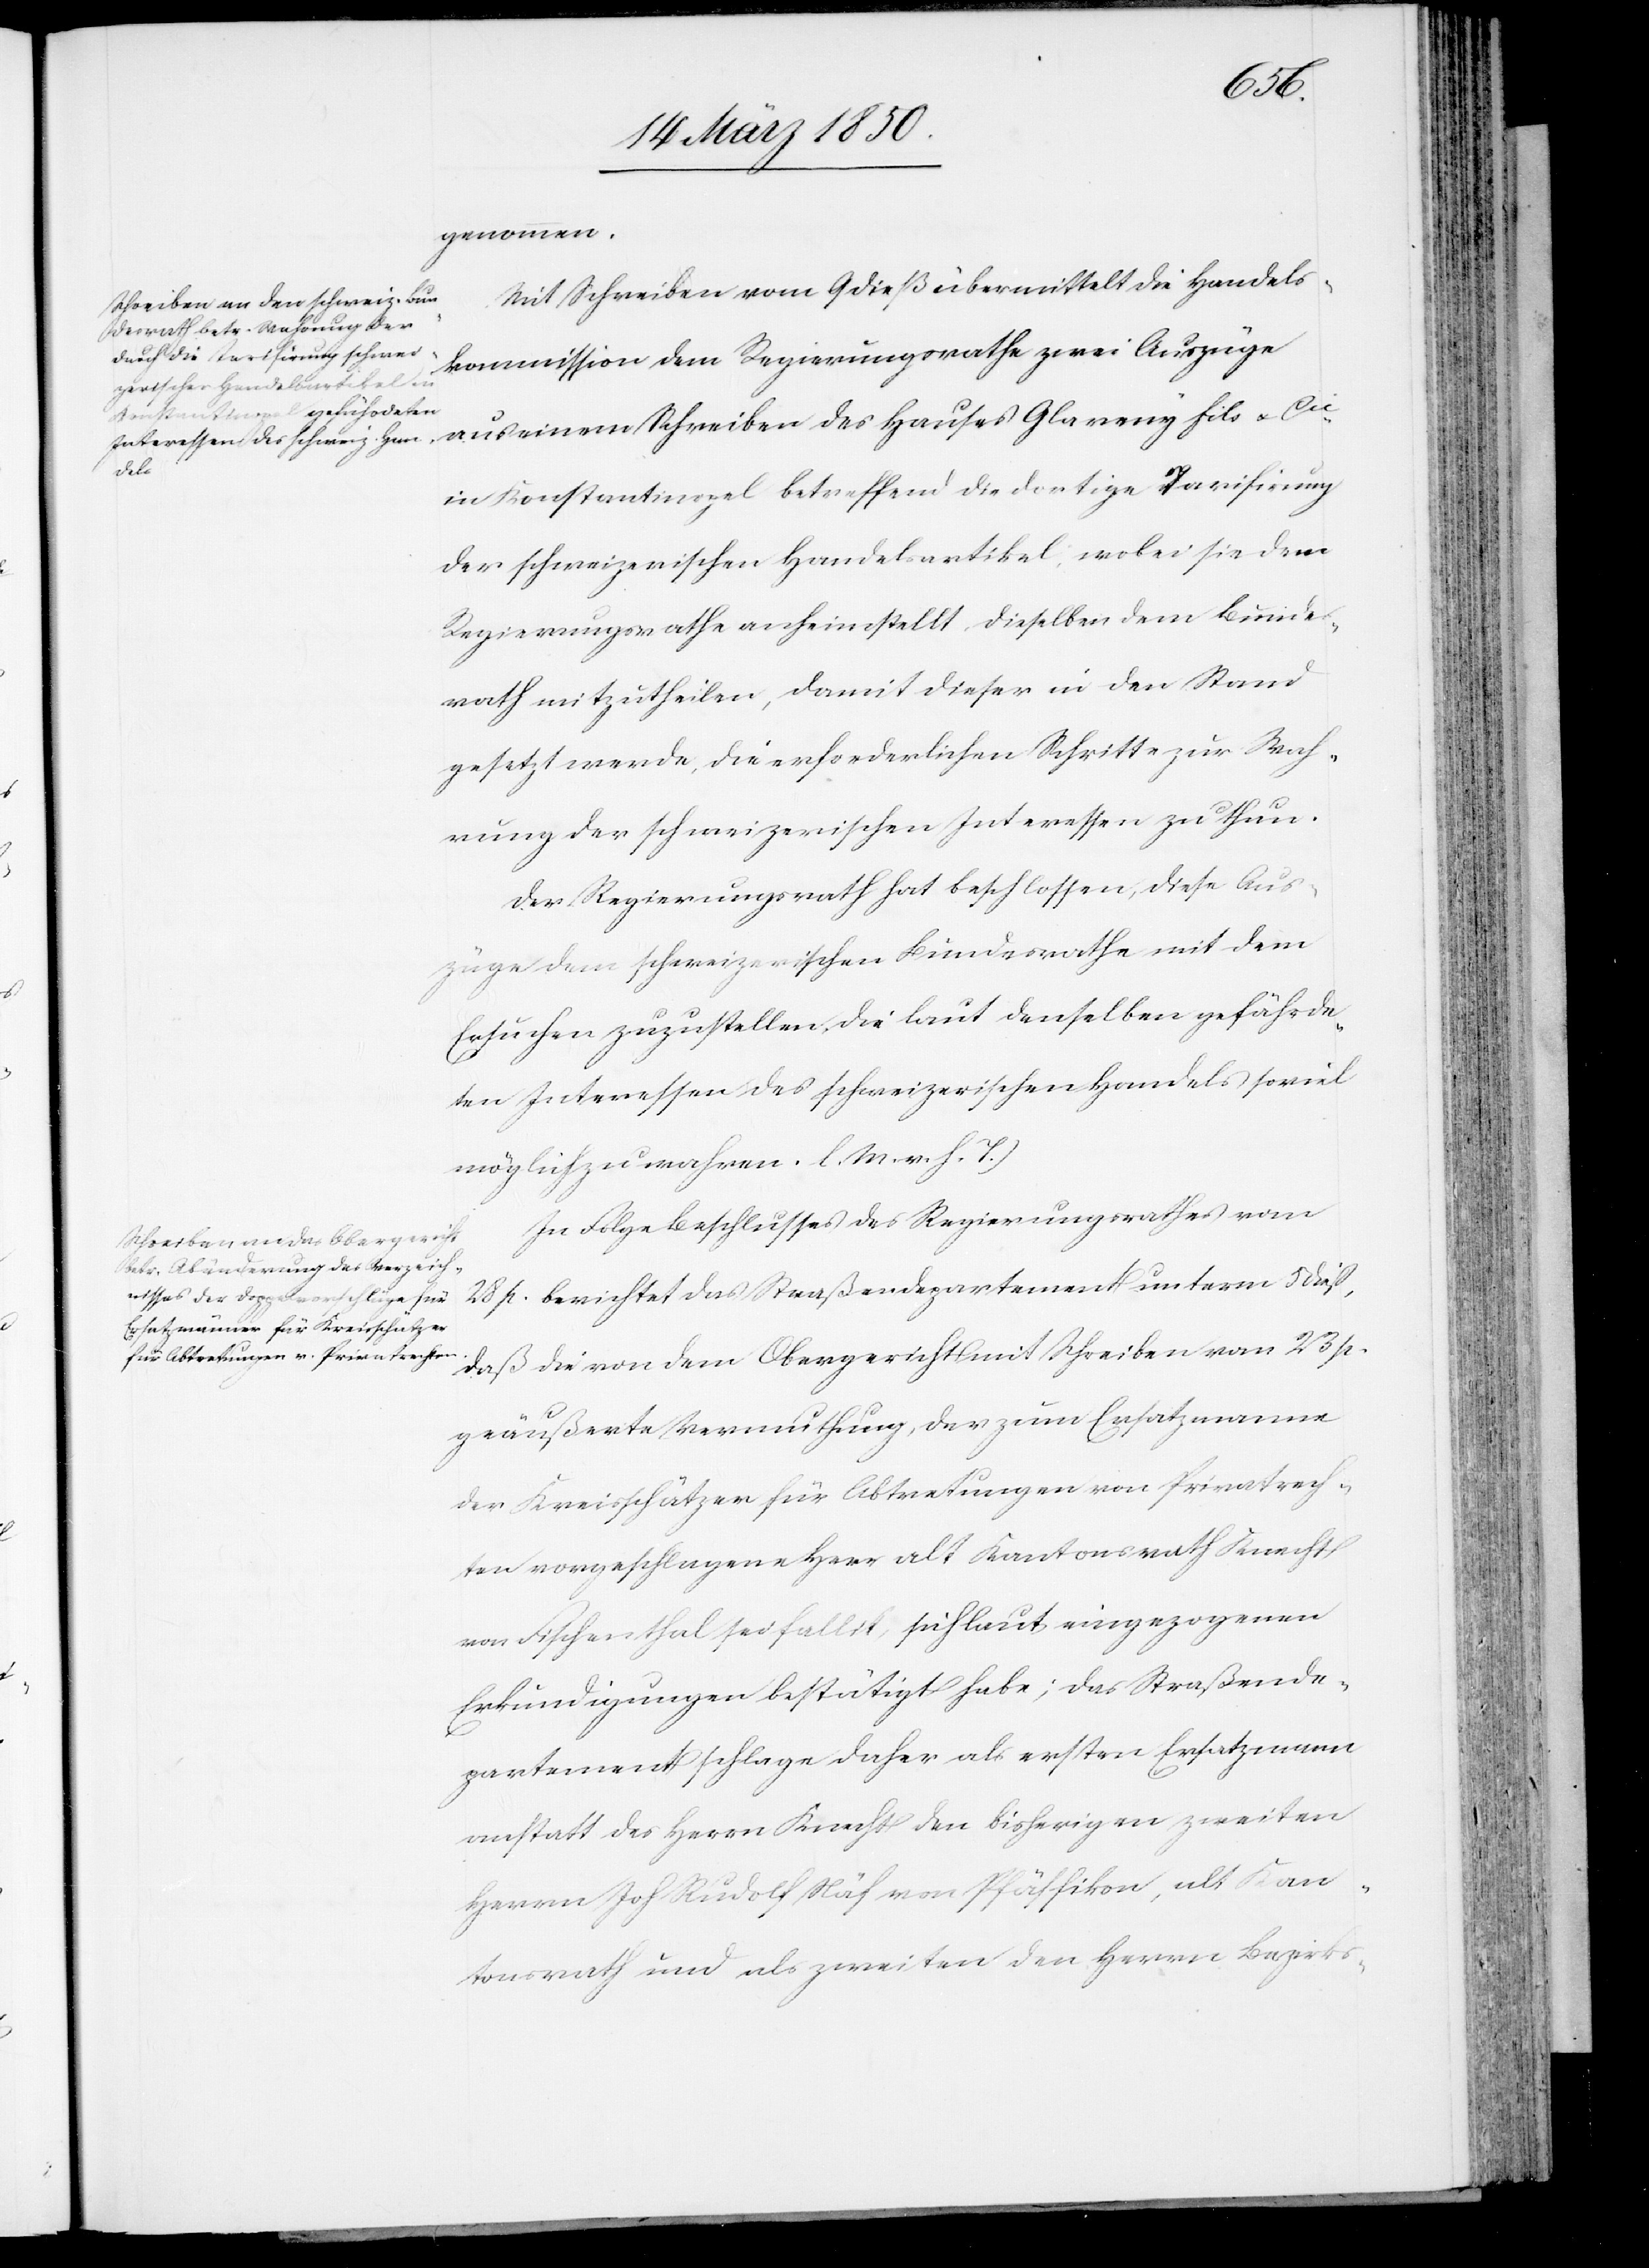
genommen.
Mit Schreiben vom 9 dieß übermittelt die Handels¬
kommission dem Regierungsrathe zwei Auszüge
fils
in Konstantinopel betreffend die dortige Tarifirung
der schweizerischen Handelsartikel, wobei sie dem
Regierungsrathe anheimstellt, dieselben dem Bundes¬
rath mitzutheilen, damit dieser in den Stand
gesetzt werde, die erforderlichen Schritte zur Wah¬
rung der schweizerischen Interessen zu thun.
Der Regierungsrath hat beschlossen, diese Aus¬
züge dem schweizerischen Bundesrathe mit dem
Ersuchen zuzustellen, die laut denselben gefährde¬
ten Interessen des schweizerischen Handels soviel
möglich zu wahren. [(]l. M. v. h. T.)
In Folge Beschlusses des Regierungsrathes vom
28 p. berichtet das Straßendepartement unterm 5 dieß,
daß die von dem Obergericht mit Schreiben vom 23 p.
geäußerte Vermuthung, der zum Ersatzmanne
der Kreisschätzer für Abtretungen von Privatrech¬
ten vorgeschlagene Herr alt Kantonsrath Knecht
von Fischenthal sei fallit, sich laut eingezogenen
Erkundigungen bestätigt habe; das Straßende¬
partement schlage daher als ersten Ersatzmann
anstatt des Herrn Knecht den bisherigen zweiten
Herrn Joh. Rudolf Näf von Pfäffikon, alt Kan¬
tonsrath und als zweiten den Herrn Bezirks-